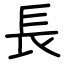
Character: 長